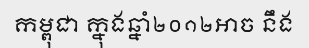
កម្ពុជា ក្នុងឆ្នាំ២០១២អាច នឹង